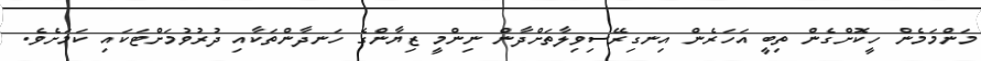
މަންމަމެން ހީކޮށްގެން ތިބީ އަހަރެން އިނގިރޭސިވިލާތަށްދާން ނިންމީ ޒިޔާންގެ ހަނދާންތަކާއި ދުރުވުމަށްޓަކައި ކަމަށެވެ.